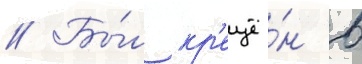
// Бы́л кр'ещё́н в